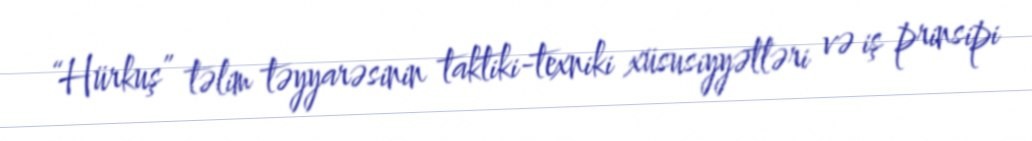
“Hürkuş” təlim təyyarəsinin taktiki-texniki xüsusiyyətləri və iş prinsipi